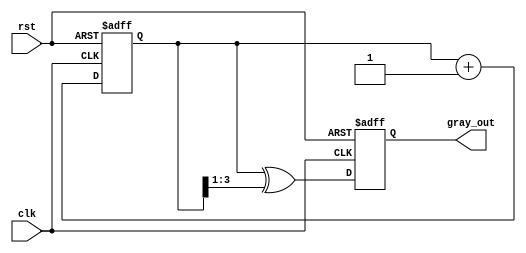
module gray_code_counter (
    input wire clk,         // Clock signal
    input wire rst,         // Asynchronous reset signal
    output reg [3:0] gray_out // 4-bit Gray code output (adjust size as needed)
);

    reg [3:0] bin_count; // 4-bit binary counter (adjust size as needed)

    // Binary to Gray code conversion
    function [3:0] binary_to_gray;
        input [3:0] bin;
        begin
            binary_to_gray = bin ^ (bin >> 1);
        end
    endfunction

    // Sequential logic for the binary counter and Gray code output
    always @(posedge clk or posedge rst) begin
        if (rst) begin
            bin_count <= 4'b0000; // Reset binary counter to 0
            gray_out <= 4'b0000; // Reset Gray code output to 0
        end else begin
            bin_count <= bin_count + 1; // Increment binary counter
            gray_out <= binary_to_gray(bin_count); // Convert to Gray code
        end
    end

endmodule